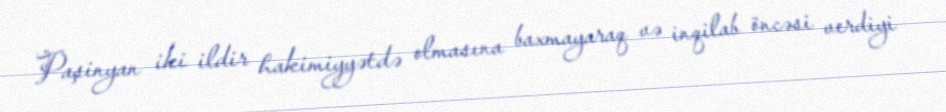
Paşinyan iki ildir hakimiyyətdə olmasına baxmayaraq və inqilab öncəsi verdiyi